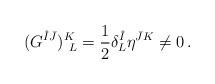
LaTeX: \begin{align*}(G^{\hat{I}\bar{J}})^K_{~L}={1\over2}\delta^{\hat{I}}_L\eta^{\bar{J}K}\neq 0\,.\end{align*}